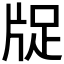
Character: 𤗁